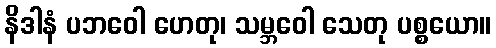
နိဒါနံ ပဘဝေါ ဟေတု၊ သမ္ဘဝေါ သေတု ပစ္စယော။